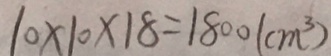
1 0 \times 1 0 \times 1 8 = 1 8 0 0 ( c m ^ { 3 } )